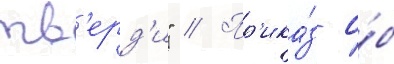
тв'ерд'и" // Пр'ика́з о́б